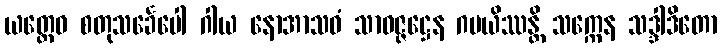
ယတ္ထေဝ စတုသင်္ခေပေါ ဂါယ နောအာသဝံ သာဝဇ္ဇဋ္ဌေန ဂမယိဿန္တိ သက္ကေန သဒ္ဒါဒိတော